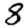
Digit: 8